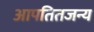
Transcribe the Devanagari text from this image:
आपतितजन्य